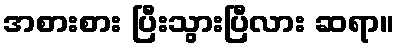
အစားစား ပြီးသွားပြီလား ဆရာ။